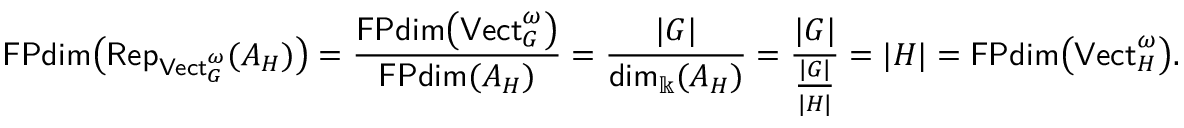
\mathsf { F P d i m } \big ( \mathsf { R e p } _ { \mathsf { V e c t } _ { G } ^ { \omega } } ( A _ { H } ) \big ) = \frac { \mathsf { F P d i m } \big ( \mathsf { V e c t } _ { G } ^ { \omega } \big ) } { \mathsf { F P d i m } ( A _ { H } ) } = \frac { | G | } { \mathsf { d i m } _ { \Bbbk } ( A _ { H } ) } = \frac { | G | } { \frac { | G | } { | H | } } = | H | = \mathsf { F P d i m } \big ( \mathsf { V e c t } _ { H } ^ { \omega } \big ) .